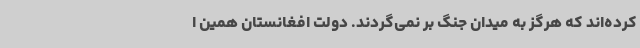
کرده‌اند که هرگز به میدان جنگ بر نمی‌گردند. دولت افغانستان همین ا